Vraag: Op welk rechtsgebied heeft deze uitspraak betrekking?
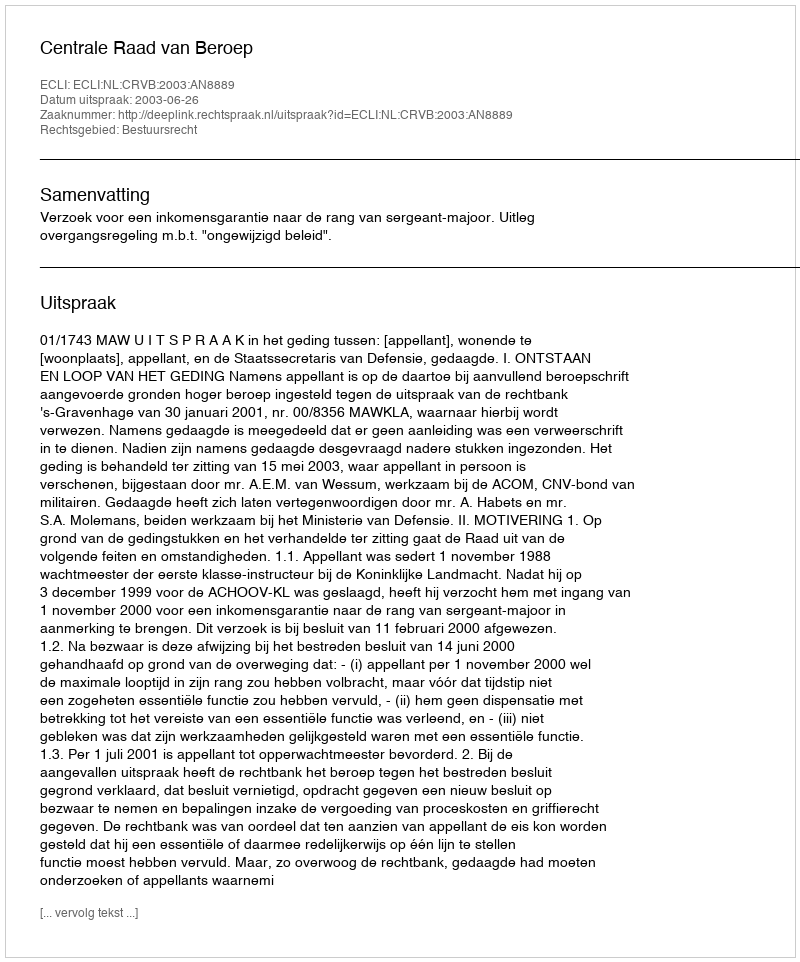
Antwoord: Bestuursrecht